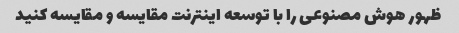
ظهور هوش مصنوعی را با توسعه اینترنت مقایسه و مقایسه کنید